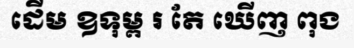
ដើម ឧទុម្ព រ តែ ឃើញ ពុង